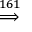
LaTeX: \stackrel { 1 6 1 } { \implies }